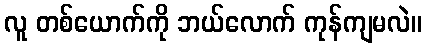
လူ တစ်ယောက်ကို ဘယ်လောက် ကုန်ကျမလဲ။